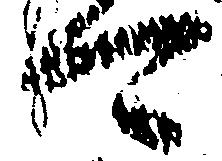
可